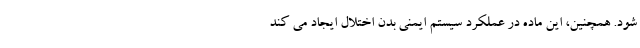
شود. همچنین، این ماده در عملکرد سیستم ایمنی بدن اختلال ایجاد می کند